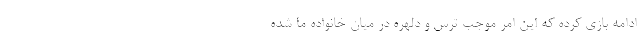
ادامه بازی کرده که این امر موجب ترس و دلهره در میان خانواده ما شده